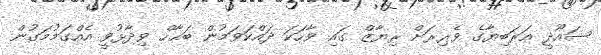
ސައޫދީ އަރަބިޔާގެ ވެރިރަށް ރިޔާޒް ގައި ވާހަކަ ދައްކަވަމުން ބަޙާހް ވިދާޅުވީ އެއްގަމުމަގުން